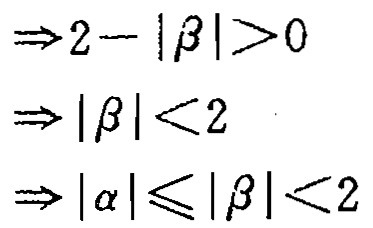
\begin{align*}
&\Rightarrow 2 - |\beta| > 0\\
&\Rightarrow |\beta| < 2\\
&\Rightarrow |\alpha| \leq |\beta| < 2
\end{align*}